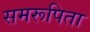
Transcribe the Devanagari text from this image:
समरूपिता